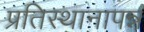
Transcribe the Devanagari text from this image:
प्रतिस्थानापन्न